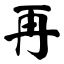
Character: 再